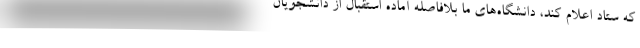
که ستاد اعلام کند، دانشگاه‌های ما بلافاصله آماده استقبال از دانشجویان